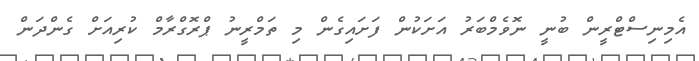
އެމިނިސްޓްރީން ބުނީ ނޮވެމްބަރު އަށަކުން ފަށައިގެން މި ތަމްރީނު ޕްރޮގްރާމް ކުރިއަށް ގެންދަން